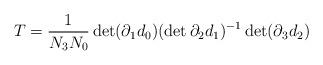
LaTeX: \begin{align*}T=\frac{1}{N_3 N_0}\det(\partial_1 d_0) ( \det \partial_2 d_1)^{-1} \det(\partial_3 d_2)\end{align*}